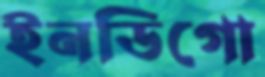
ইনডিগো